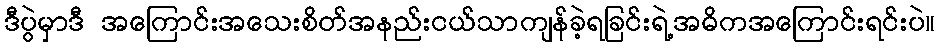
ဒီပွဲမှာဒီ အကြောင်းအသေးစိတ်အနည်းငယ်သာကျန်ခဲ့ရခြင်းရဲ့အဓိကအကြောင်းရင်းပဲ။